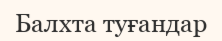
Балхта туғандар